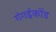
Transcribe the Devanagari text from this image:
गंगईकोंड